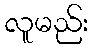
လူမည်း